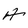
Character: A